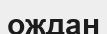
ождан